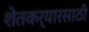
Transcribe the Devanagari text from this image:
शेतकर्यारसाठी